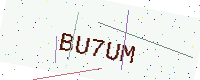
Text: BU7UM